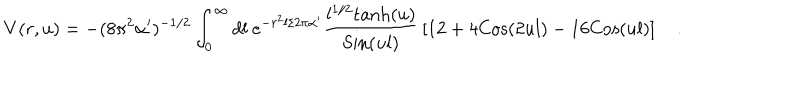
V ( r , u ) = - ( 8 \pi ^ { 2 } \alpha ^ { \prime } ) ^ { - 1 / 2 } \int _ { 0 } ^ { \infty } d l ~ e ^ { - r ^ { 2 } l / 2 \pi \alpha ^ { \prime } } { \frac { l ^ { 1 / 2 } \mathrm { t a n h } ( u ) } { \mathrm { S i n } ( u l ) } } \left[ 1 2 + 4 \mathrm { C o s } ( 2 u l ) - 1 6 \mathrm { C o s } ( u l ) \right] \quad .